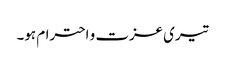
تیری عزت و احترام ہو۔